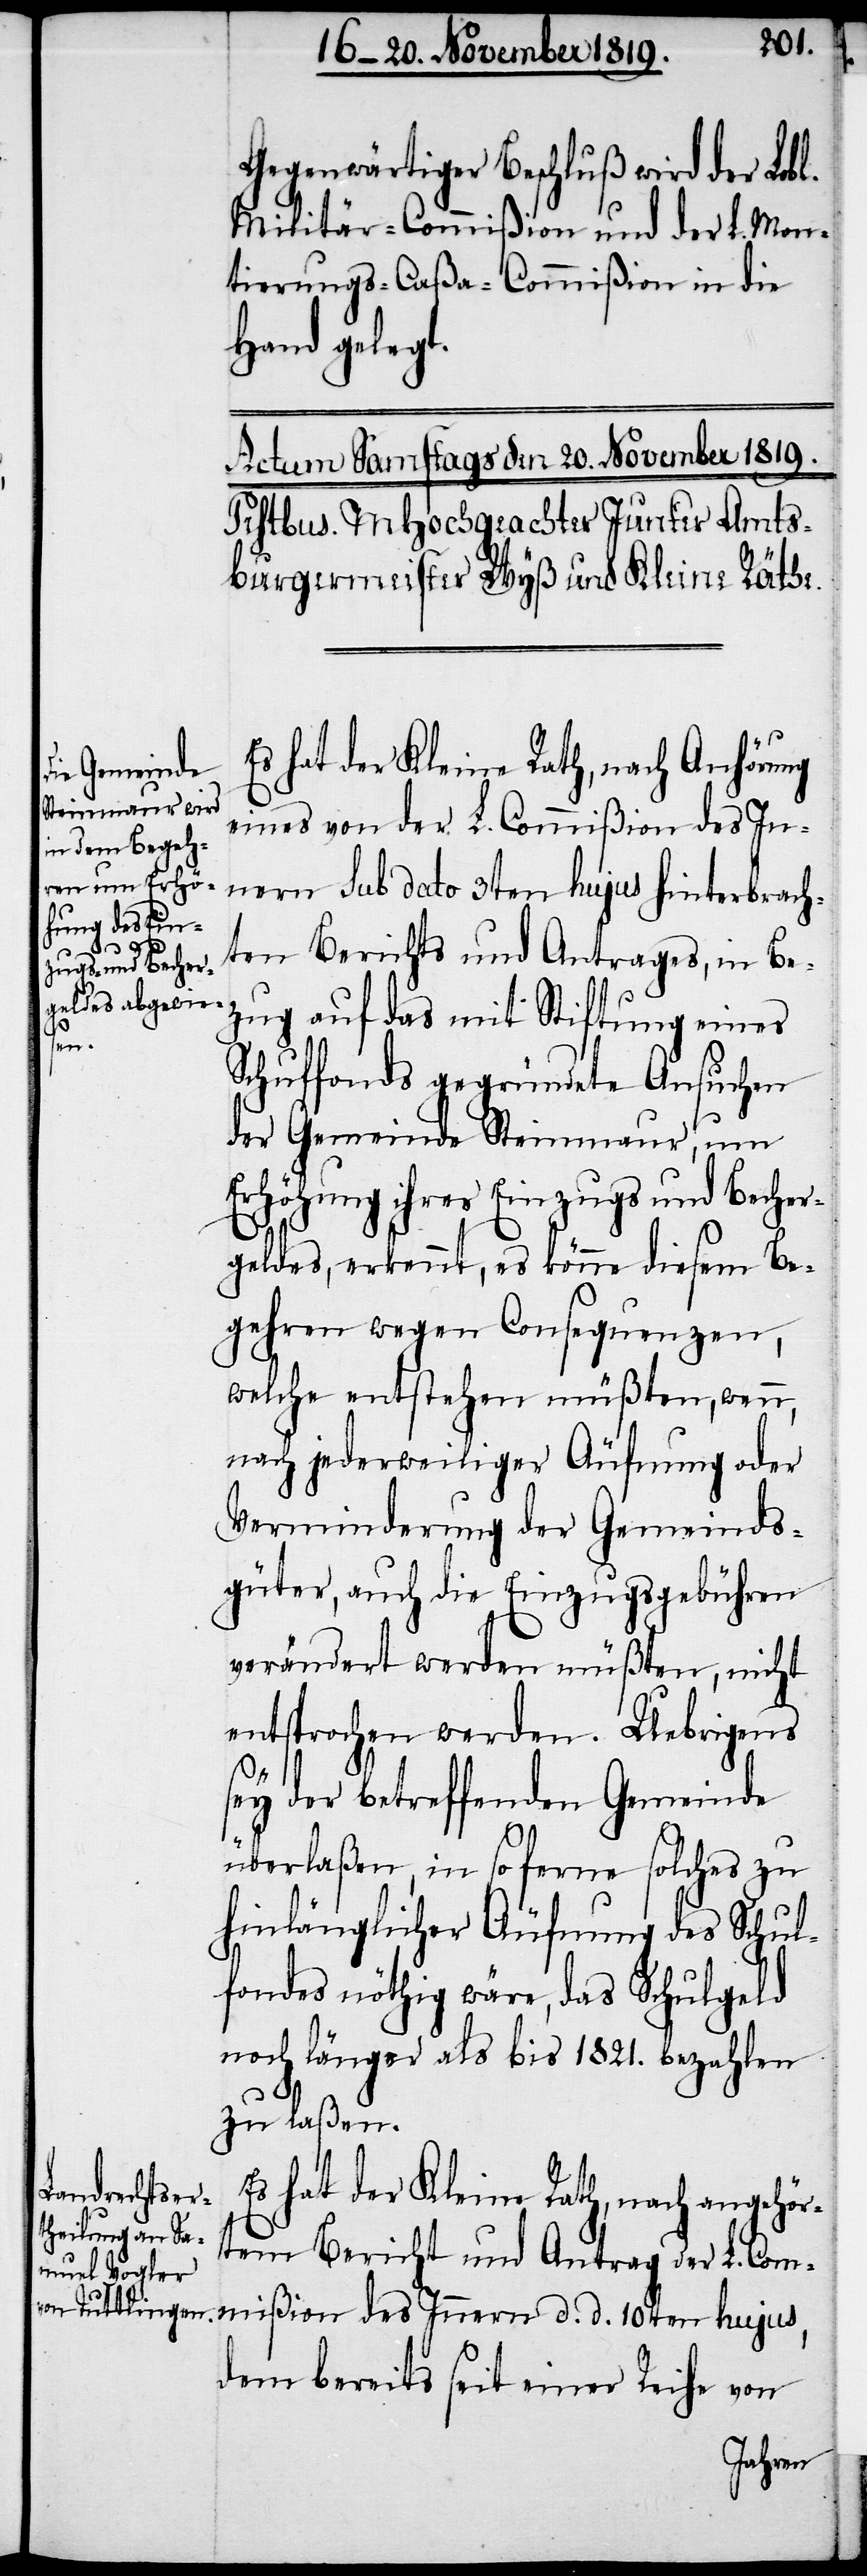
Gegenwärtiger Beschluß wird der Lobl.
Militär-Commißion und der L. Mon¬
tierungs-Caßa-Commißion in die
Hand gelegt.
Es hat der Kleine Rath, nach Anhörung
eines von der L. Commißion des In¬
nern sub dato 3ten hujus hinterbrach¬
ten Berichts und Antrages, in Be¬
zug auf das mit Stiftung eines
Schulfonds gegründete Ansuchen
der Gemeinde Steinmaur, um
Erhöhung ihres Einzugs und Becher¬
geldes, erkennt, es könne diesem Be¬
gehren wegen Consequenzen,
welche entstehen müßten, wenn,
nach jederweiliger Äufnung oder
Verminderung der Gemeinds¬
güter, auch die Einzugsgebühren
verändert werden müßten, nicht
entsprochen werden. Uebrigens
sey der betreffenden Gemeinde
überlaßen, in so ferne solches zu
hinlänglicher Äufnung des Schul¬
fondes nöthig wäre, das Schulgeld
noch länger als bis 1821. bezahlen
zu laßen.
Es hat der Kleine Rath, nach angehör¬
tem Bericht und Antrag der L. Com¬
mißion des Innern d. d. 10ten hujus,
dem bereits seit einer Reihe von